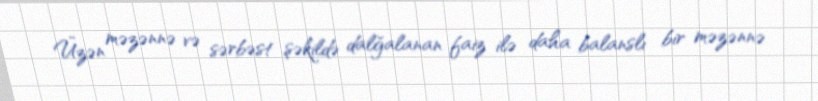
Üzən məzənnə və sərbəst şəkildə dalğalanan faiz ilə daha balanslı bir məzənnə